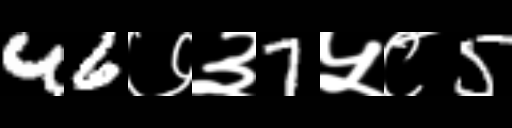
Text: 46७३7५८5